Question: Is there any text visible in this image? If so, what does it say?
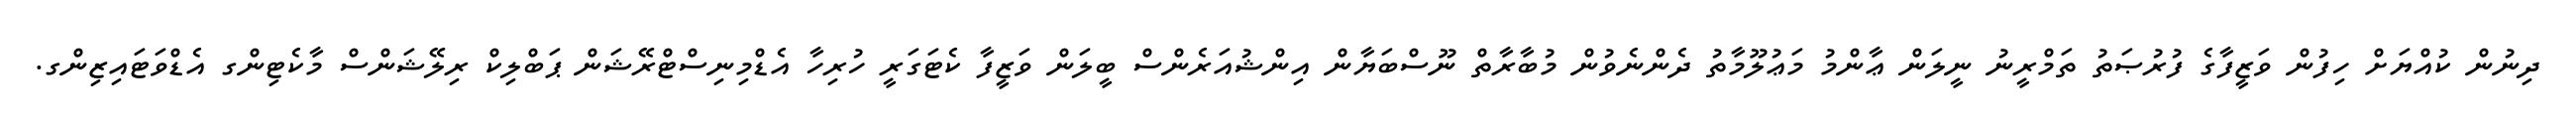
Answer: ދިނުން ކުއްޔަށް ހިފުން ވަޒީފާގެ ފުރުޞަތު ތަމްރީނު ނީލަން ޢާންމު މަޢުލޫމާތު ދެންނެވުން މުބާރާތް ނޫސްބަޔާން އިންޝުއަރެންސް ބީލަން ވަޒީފާ ކެޓަގަރީ ހުރިހާ އެޑްމިނިސްޓްރޭޝަން ޕަބްލިކް ރިލޭޝަންސް މާކެޓިންގ އެޑްވަޓައިޒިންގ.